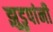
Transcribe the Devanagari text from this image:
झुडुपांनी